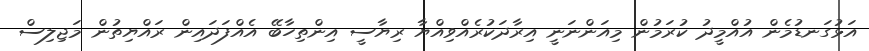
އަޅުގަނޑުމެން އުއްމީދު ކުރަމުން މިއަންނަނީ އިރާދަކުރެއްވިއްޔާ ރިޔާސީ އިންތިހާބޭ އެއްފަދައިން ރައްޔިތުން މަޖިލިސް